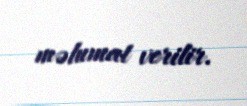
məlumat verilir.